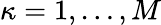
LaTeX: \kappa=1,\dots,M